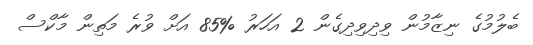
ބެލުމުގެ ނިޒާމުން ވިދިވިދިގެން 2 އަހަރު %85 އަށް ވުރެ މަތިން މާކްސް